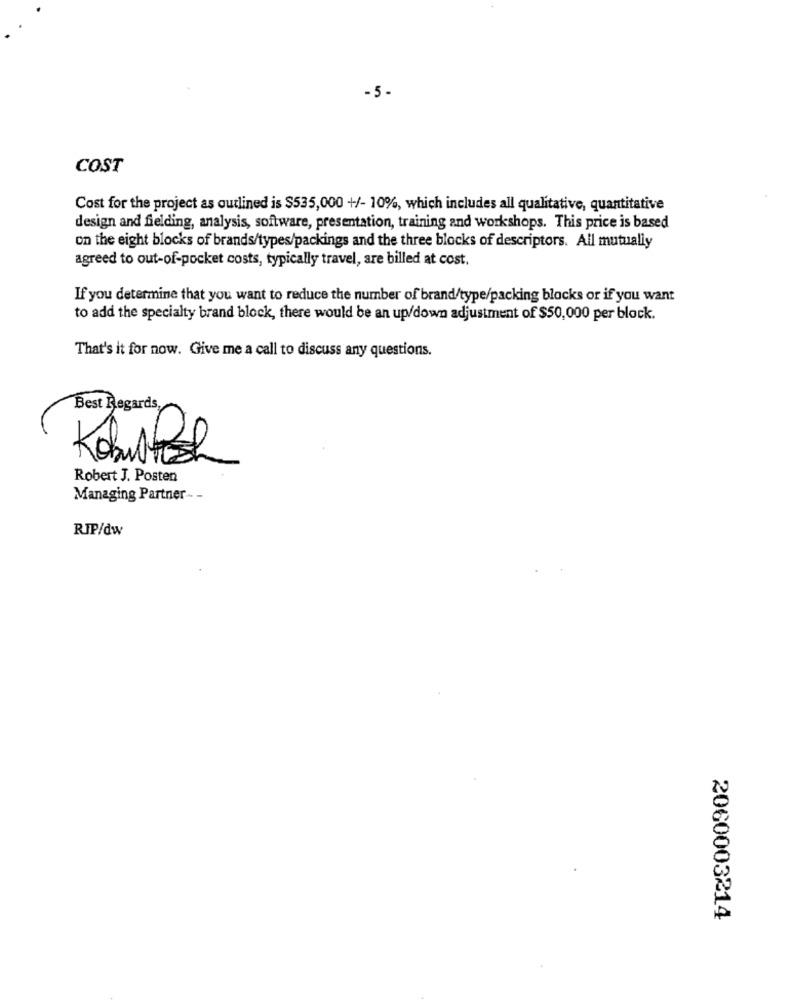
-5 -
COST
Cost for the project as outlined is $535,000 +/- 10%, which includes all qualitative, quantitative
design and fielding, analysis, software, presentation, training and workshops. This price is based
on the eight blocks of brands/types/packings and the three blocks of descriptors. All mutually
agreed to out-of-pocket costs, typically travel, are billed at cost.
If you determine that you want to reduce the number of brand/type/packing blocks or if you want
to add the specialty brand block, there would be an up/down adjustment of $50,000 per block.
That's it for now. Give me a call to discuss any questions.
Best Regards,
Robert J. Posten
Managing Partner- -
RIP/dw
2060003214